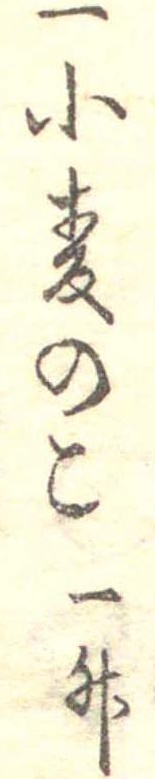
一小麦のこ一升